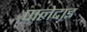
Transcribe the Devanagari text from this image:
पालेदाइ